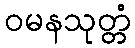
ဝမနသုတ္တံ